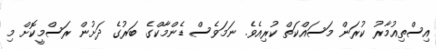
އިސްތިއުމާރު ކުރަން މަސައްކަތް ކުރިއެވެ. ނަމަވެސް ޑެންމާކްގެ ބަރުގެ ދަށުން ރަސްމީކޮށް މި